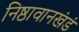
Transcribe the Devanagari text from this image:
निष्ठावानखंडं